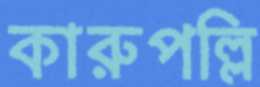
কারুপল্লি